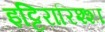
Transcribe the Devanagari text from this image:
इट्टिरारिश्शा